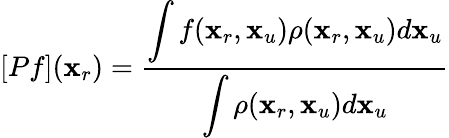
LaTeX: [Pf]({\mathbf x}_{r})=\frac{\displaystyle\int f({\mathbf x}_{r},{\mathbf x}_{u})\rho({\mathbf x}_{r},{\mathbf x}_{u})d{\mathbf x}_{u}}{\displaystyle\int\rho({\mathbf x}_{r},{\mathbf x}_{u})d{\mathbf x}_{u}}